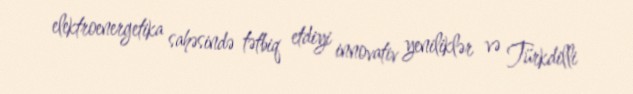
elektroenergetika sahəsində tətbiq etdiyi innovativ yeniliklər və Türkdilli